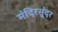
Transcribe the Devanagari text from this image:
मंदिरसुंदर